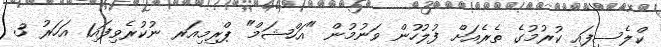
ކްލެސިފައި ކުރުމުގެ ތެރެއަށް ފުލުހުން ވަނުމުން "އަހްޝަމް" ޕްރިމިއަރ ނުކުރެވިފައި1 އަހަރު 3